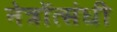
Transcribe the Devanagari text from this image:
नेत्रोंत्संधी